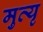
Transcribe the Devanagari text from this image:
मुत्यृ